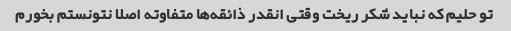
تو حلیم که نباید شکر ریخت وقتی انقدر ذائقه‌ها متفاوته اصلا نتونستم بخورم